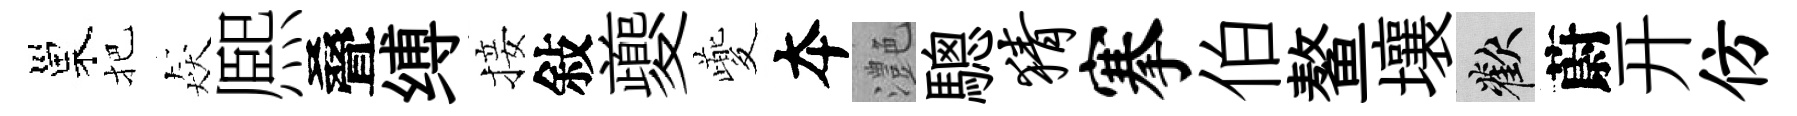
巢把猋熈叠缚接敍夔夔夲灔驄猜搴伯鳌壤歡蔚开仿